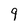
Character: 9